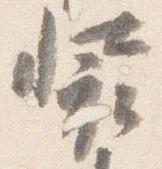
装